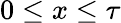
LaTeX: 0\leq x\leq\tau